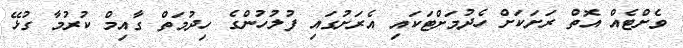
ވެށްޓެއް އޮތް ރަށަކަށް ހެދުމަށްޓަކައި އެރަށުގައި ފުލުހުންގެ ހިދުމަތް ގާއިމް ކުރުމާ ގުޅޭ